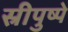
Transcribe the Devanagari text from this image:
स्रीपुष्पे